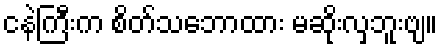
ငနဲကြီးက စိတ်သဘောထား မဆိုးလှဘူးဗျ။